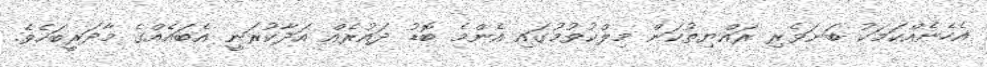
އެހެނެއްކަމަކު ބަނަވެރި ރައްޔިތުކަން މިލްކުވުމުގައި އެންމެ ބޮޑު ދައުރެއް އަދާކުރަނީ އެބައެއްގެ މާދަރީބަހެވެ.